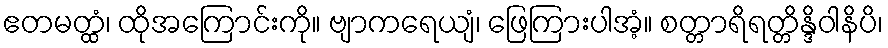
ဧတမတ္ထံ၊ ထိုအကြောင်းကို။ ဗျာကရေယျံ၊ ဖြေကြားပါအံ့။ စတ္တာရိရတ္တိန္ဒိဝါနိပိ၊